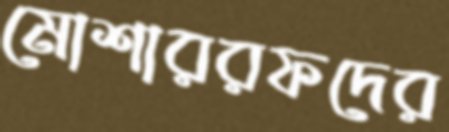
মোশাররফদের